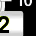
Digit: 2